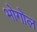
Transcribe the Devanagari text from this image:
भोगोल